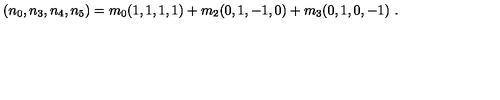
( n _ { 0 } , n _ { 3 } , n _ { 4 } , n _ { 5 } ) = m _ { 0 } ( 1 , 1 , 1 , 1 ) + m _ { 2 } ( 0 , 1 , - 1 , 0 ) + m _ { 3 } ( 0 , 1 , 0 , - 1 ) \ .